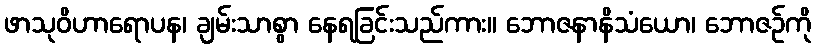
ဖာသုဝိဟာရောပန၊ ချမ်းသာစွာ နေရခြင်းသည်ကား။ ဘောဇနာနိသံယော၊ ဘောဇဉ်ကို